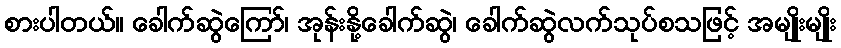
စားပါတယ်။ ခေါက်ဆွဲကြော်၊ အုန်းနို့ခေါက်ဆွဲ၊ ခေါက်ဆွဲလက်သုပ်စသဖြင့် အမျိုးမျိုး